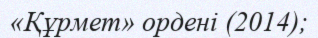
«Құрмет» ордені (2014);